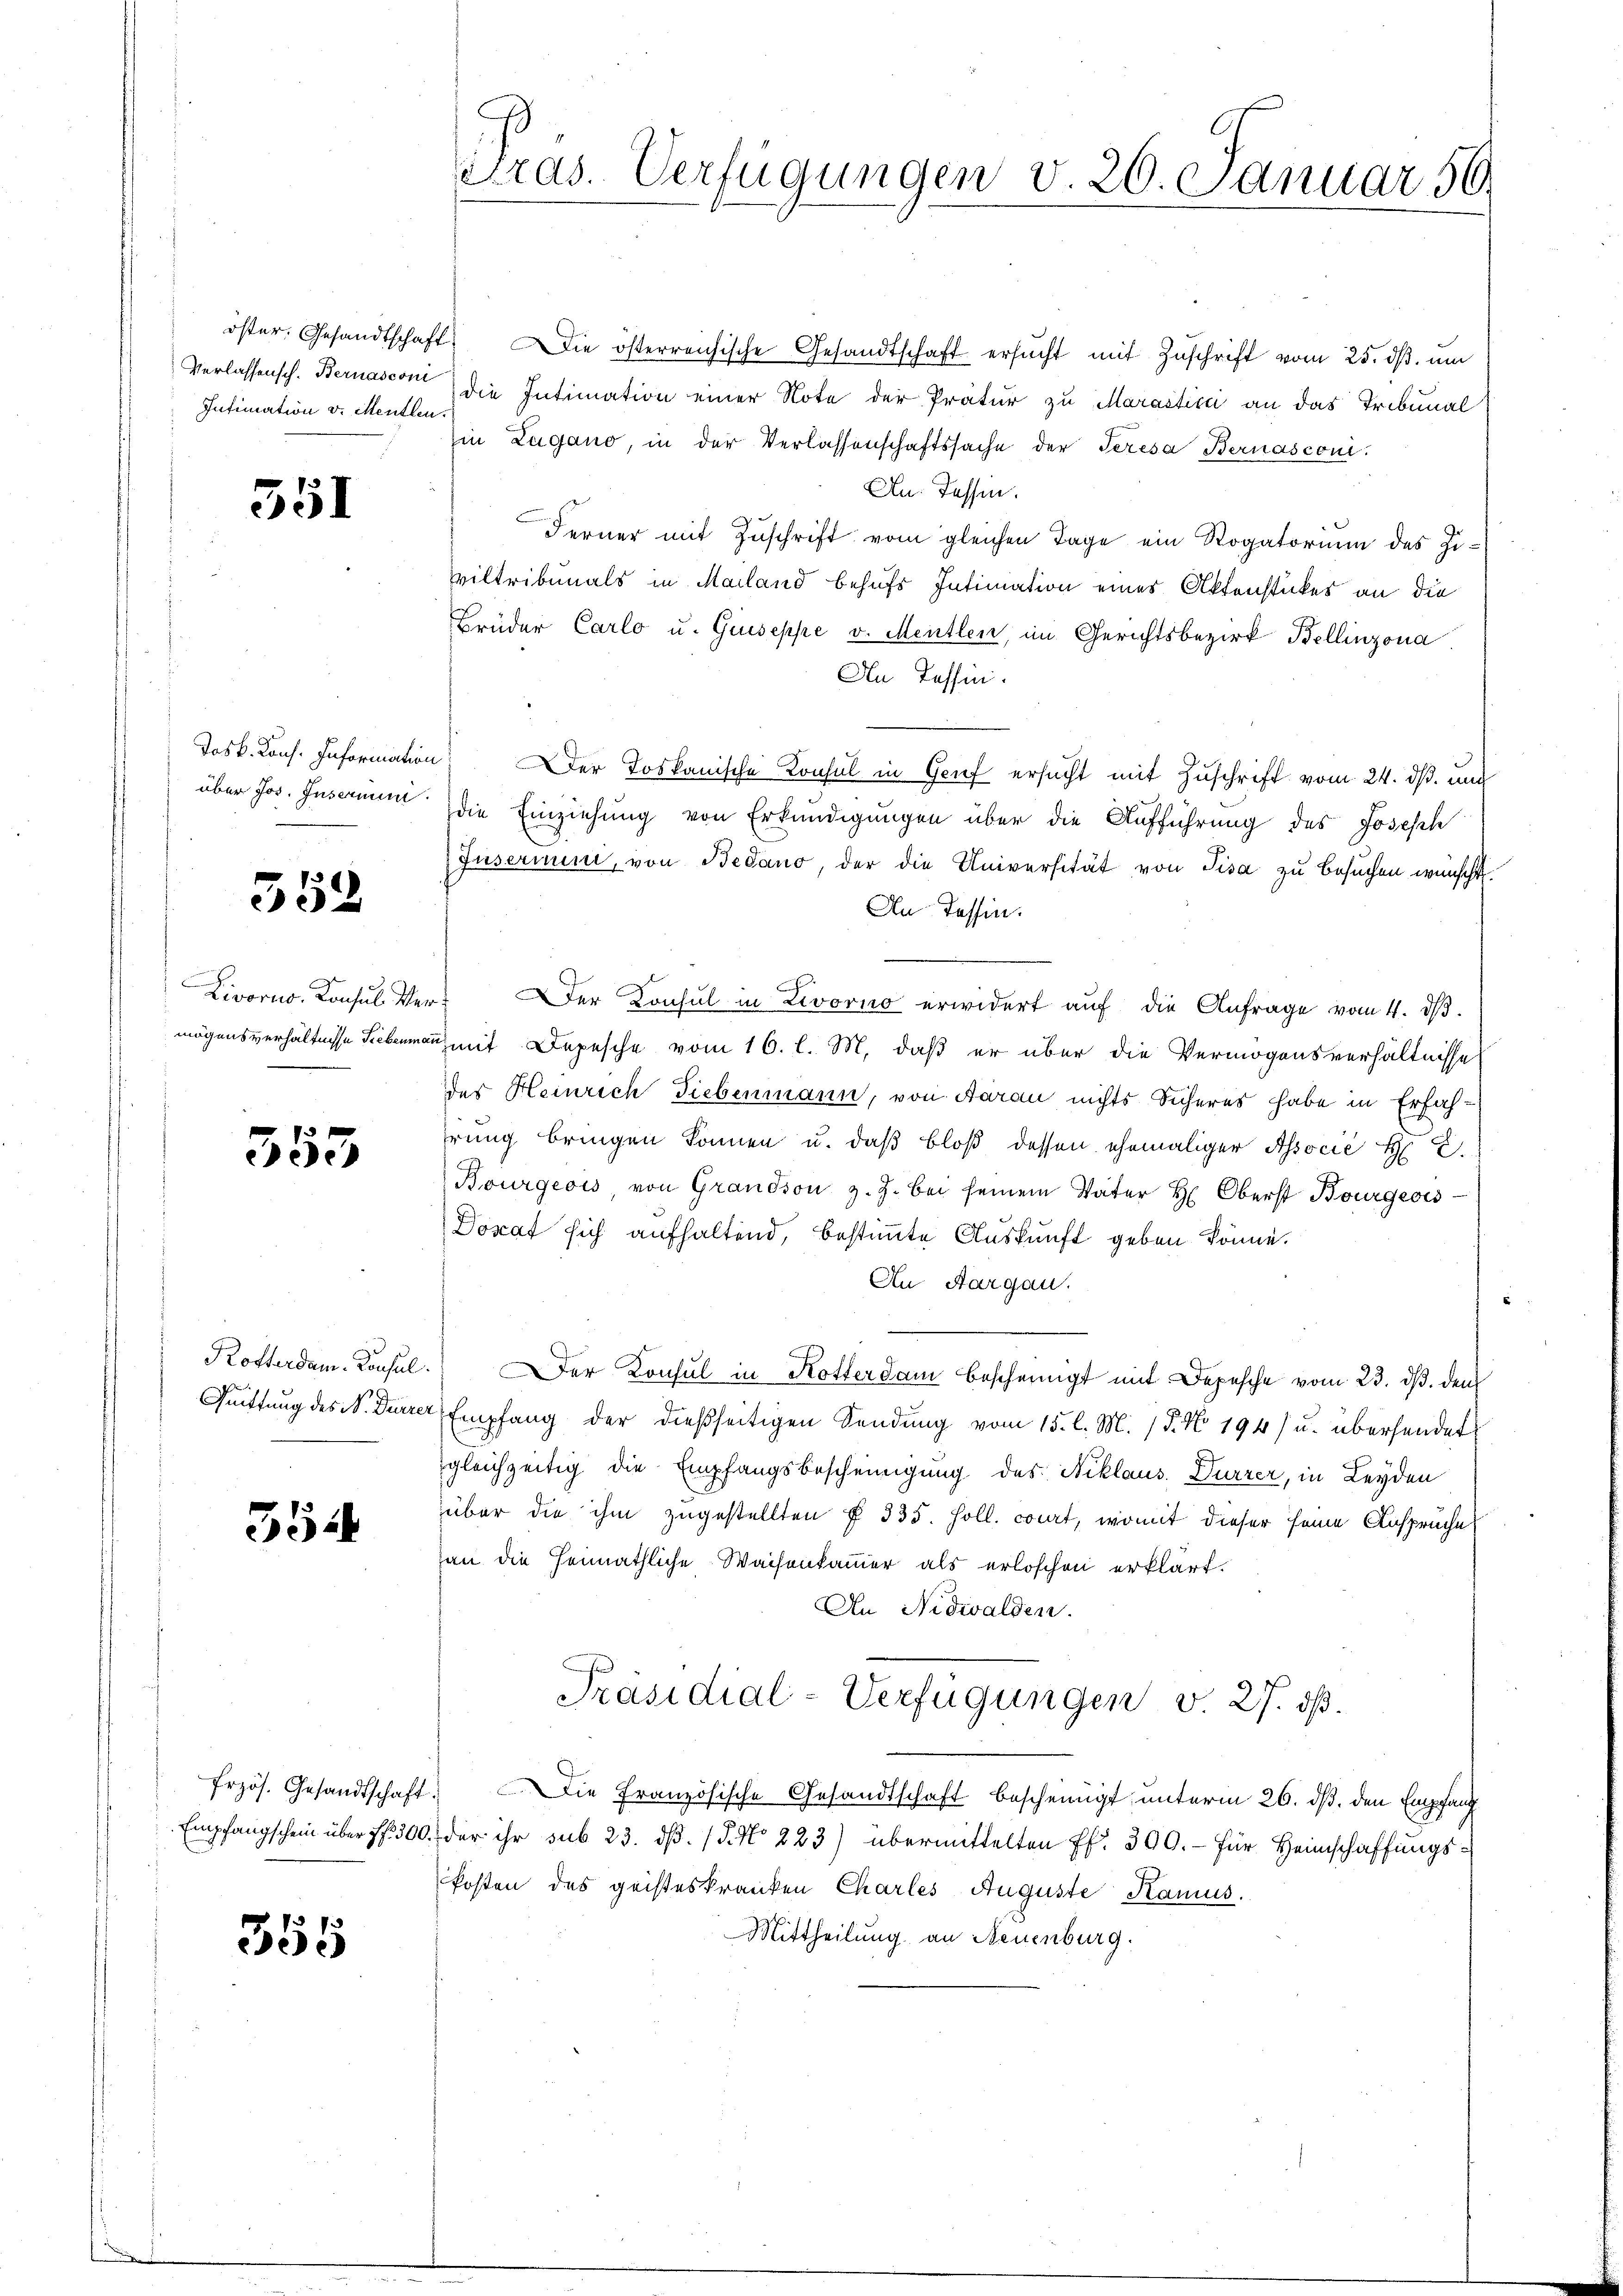
öster. Gesandtschaf
Verlassensch. Bernasconi
Intimation v. Mentlen.

551

über Jos. Insermei

352

Livorno, Konsul Wemögensverhältnisse Trebenma

355

Kosterdam. Konsul
Quittung des N. Dürrer

354

Erzös. Gesandtschaft

358

Tras. Verfügungen v. 20. Januar 50.

4. Die österreichische Gesandtschaft ersucht mit Zuschrift vom 25. ds. um
die Intimation einer Note der Pratur zu Marasticii an das Tribunal
in Zugano, in der Verlassenschaftssache der Teresa Bernasconi
An: Tessin.
Ferner mit Zuschrift vom gleichen Tage ein Rogatorium des Zivittribunals in Mailand behufs Intimation eines Aktenstückes an die
Brüder Carlo u. Giuseppe v. Mentlen, im Gerichtsbezirk Bellinzona.
An Tessin.
Josk. Kons. Information er toskanische Konsul in Grief ersucht mit Zuschrift vom 24. ds. und
die Einziehung von Erkundigungen über die Aufführung des Joseph
Juserini, von Bedano, der die Universität von Pisa zu besuchen wünscht.
An Tessin.
 Der Konsul in Livorno erwidert aŭf die Anfrage vom 4. dβ.
au mit Depesche vom 16. l. M. daß er über die Vermögensverhältnisse
des Heinrich Siebenmann, von Aarau nichts Sicheres habe in Erfahhrung bringen können u. daß bloß dessen ehemaliger Associé H D.
Bourgeois, von Grandson z. Z. bei seinem Vater H. Oberst Bourgeois
Dorat sich aufhaltend, bestimmte Auskunft geben könne.
An Aargau.
Der Konsul in Kotterdam bescheinigt mit Depesche vom 23. ds. den
 Empfang der dießseitigen Sendung vom 15. l. M. (§. No. 194) u. übersendet
gleichzeitig die Empfangsbescheinigung des Niklaus. Durzer, in Leyden
über die ihm zugestellten § 335. Holl. court, womit dieser seine Anspruches
an die Heimathliche Waisenkammer als erloschen erklärt.
An Nidwalden.
Präsidial-Verfügungen v. 27. ds.
Die Französische Gesandtschaft bescheinigt unterm 26. ds. den Empfand
Empfangschein über fl. 300. der ihr sub 23. dβ. / 5. No 223) übermittelten ff. 300.- für Heimschaffungs¬
Posten des geisteskranken Chartes Auguste Kamus.
Mittheilung an Neuenburg.